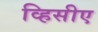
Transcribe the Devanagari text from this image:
व्हिसीए